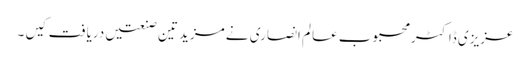
عزیزی ڈاکٹر محبوب عالم انصاری نے مزید تین صنعتیں دریافت کیں ۔